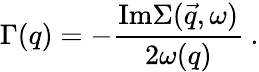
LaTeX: \Gamma(q)=-\frac{\mathrm{Im}\Sigma(\vec{q},\omega)}{2\omega(q)}\: .